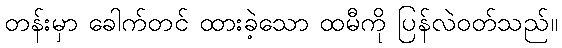
တန်းမှာ ခေါက်တင် ထားခဲ့သော ထမီကို ပြန်လဲဝတ်သည်။